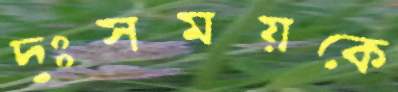
দুঃসময়কে